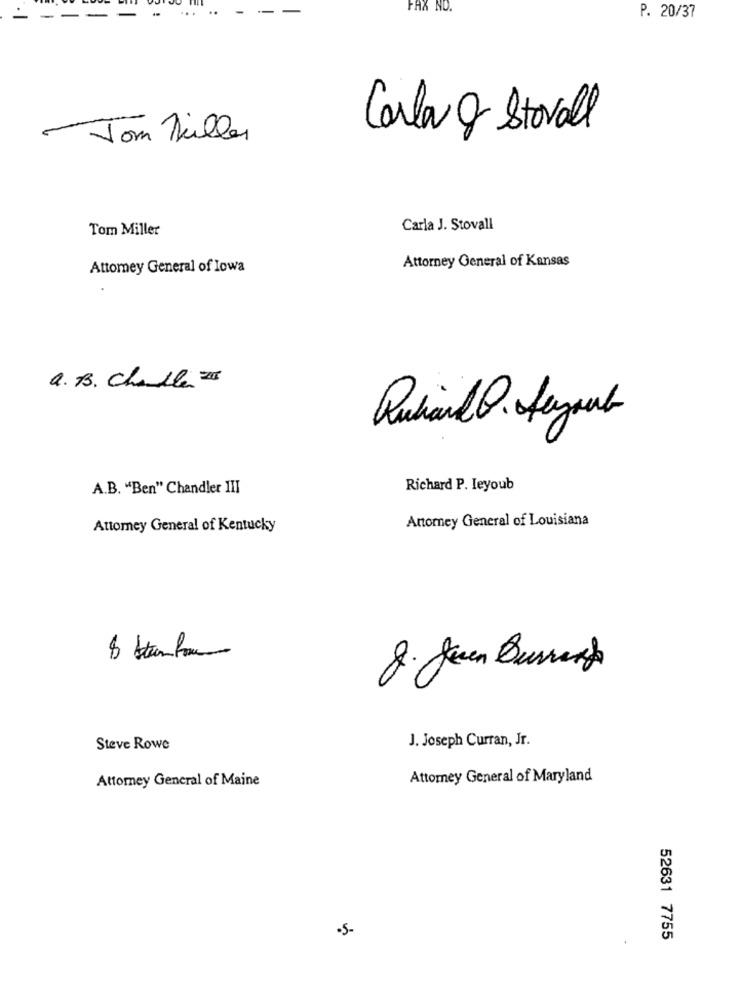
..
FAX NO.
P. 20/37
Carla & Stovall
Jon Miller
Tom Miller
Carla J. Stovall
Attorney General of Kansas
Attorney General of Iowa
Q. B. Chable 25
RulandD. Legault
A.B. "Ben" Chandler III
Richard P. Ieyoub
Anomey General of Louisiana
Attorney General of Kentucky
00
8. Jen Burring
J. Joseph Curran, Jr.
Steve Rowe
Attorney General of Maine
Attorney General of Maryland
.5-
52631 7755